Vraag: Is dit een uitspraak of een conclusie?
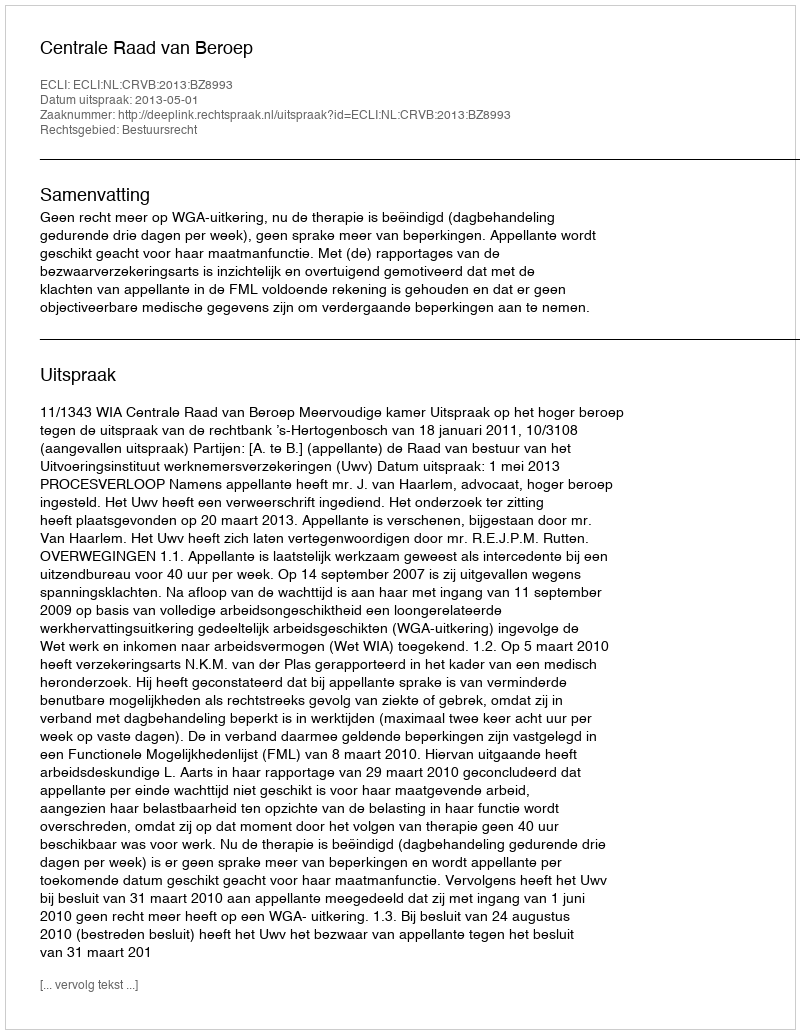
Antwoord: Uitspraak